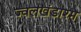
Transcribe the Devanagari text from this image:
ज्वलखंडाश्म